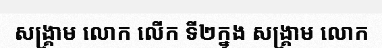
សង្គ្រាម លោក លើក ទី២ក្នុង សង្គ្រាម លោក